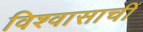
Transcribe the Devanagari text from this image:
विश्वासाचीं